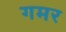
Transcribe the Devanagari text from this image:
गमर